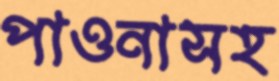
পাওনাসহ